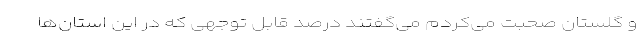
و گلستان صحبت می‌کردم می‌گفتند درصد قابل توجهی که در این استان‌ها